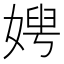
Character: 𡞲